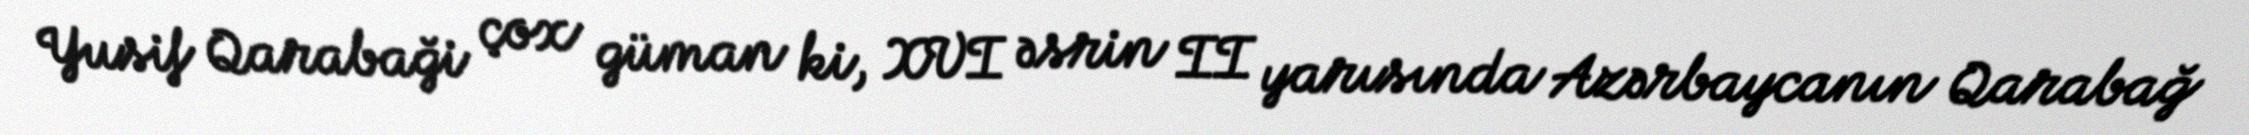
Yusif Qarabaği çox güman ki, XVI əsrin II yarısında Azərbaycanın Qarabağ